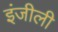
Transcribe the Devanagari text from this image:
इंजीली